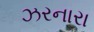
ઝરનારા